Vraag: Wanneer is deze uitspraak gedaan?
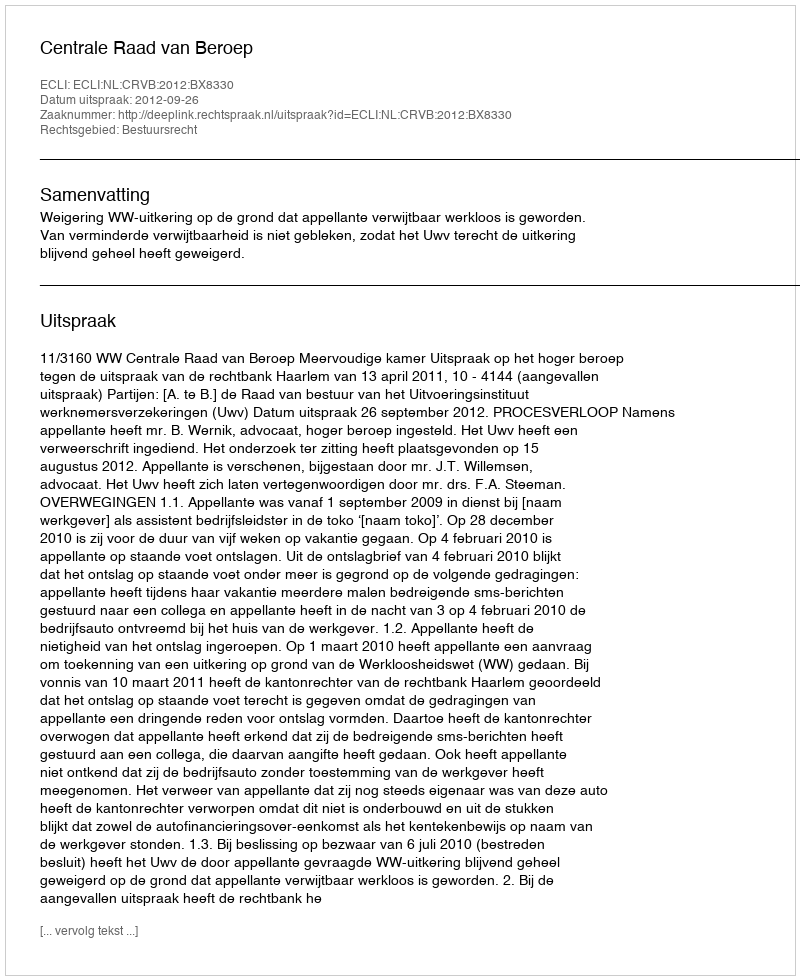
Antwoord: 2012-09-26